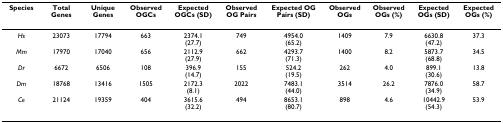
<table><thead><tr><td><b>Species</b></td><td><b>Total Genes</b></td><td><b>Unique Genes</b></td><td><b>Observed OGCs</b></td><td><b>Expected OGCs (SD)</b></td><td><b>Observed OG Pairs</b></td><td><b>Expected OG Pairs (SD)</b></td><td><b>Observed OGs</b></td><td><b>Observed OGs (%)</b></td><td><b>Expected OGs (SD)</b></td><td><b>Expected OGs (%)</b></td></tr></thead><tbody><tr><td><i>Hs</i></td><td>23073</td><td>17794</td><td>663</td><td>2374.1(27.7)</td><td>749</td><td>4954.0(65.2)</td><td>1409</td><td>7.9</td><td>6630.8(47.2)</td><td>37.3</td></tr><tr><td><i>Mm</i></td><td>17970</td><td>17040</td><td>656</td><td>2112.9(27.9)</td><td>662</td><td>4293.7(71.3)</td><td>1400</td><td>8.2</td><td>5873.7(68.8)</td><td>34.5</td></tr><tr><td><i>Dr</i></td><td>6672</td><td>6506</td><td>108</td><td>396.9(14.7)</td><td>155</td><td>524.2(19.5)</td><td>262</td><td>4.0</td><td>899.1(30.6)</td><td>13.8</td></tr><tr><td><i>Dm</i></td><td>18768</td><td>13416</td><td>1505</td><td>2172.3(8.1)</td><td>2022</td><td>7483.1(44.0)</td><td>3514</td><td>26.2</td><td>7876.0(34.9)</td><td>58.7</td></tr><tr><td><i>Ce</i></td><td>21124</td><td>19359</td><td>404</td><td>3615.6(32.2)</td><td>494</td><td>8653.1(80.7)</td><td>898</td><td>4.6</td><td>10442.9(54.3)</td><td>53.9</td></tr></tbody></table>